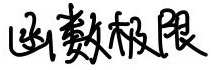
函数极限